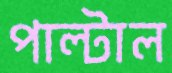
পাল্টাল